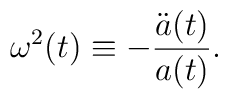
\omega^2 (t) \equiv - \frac{{\ddot a}(t)}{a (t)}.